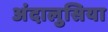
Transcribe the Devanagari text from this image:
अंदालुसिया